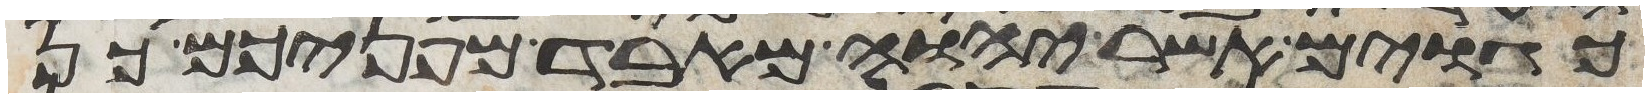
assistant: כגוים אשר יהוה מאבד מפניכם כן